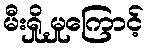
မီးရှို့မှုကြောင့်